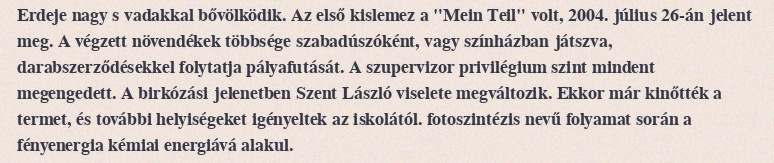
Erdeje nagy s vadakkal bővölködik. Az első kislemez a "Mein Teil" volt, 2004. július 26-án jelent meg. A végzett növendékek többsége szabadúszóként, vagy színházban játszva, darabszerződésekkel folytatja pályafutását. A szupervizor privilégium szint mindent megengedett. A birkózási jelenetben Szent László viselete megváltozik. Ekkor már kinőtték a termet, és további helyiségeket igényeltek az iskolától. fotoszintézis nevű folyamat során a fényenergia kémiai energiává alakul.